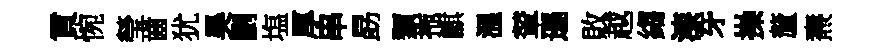
貢惋瑩齒犹昊劃塩厚串勗類拖麒溫輦遜敗越縐漆牙操釐燾